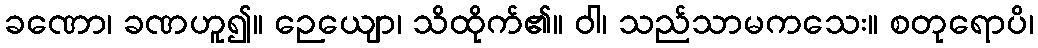
ခဏော၊ ခဏဟူ၍။ ဉေယျော၊ သိထိုက်၏။ ဝါ၊ သည်သာမကသေး။ စတုရောပိ၊